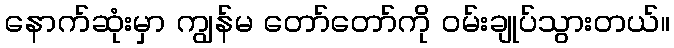
နောက်ဆုံးမှာ ကျွန်မ တော်တော်ကို ဝမ်းချုပ်သွားတယ်။